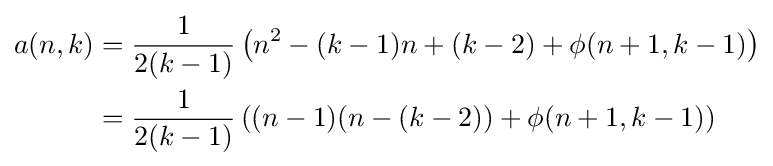
{\begin{aligned}a(n,k)&={\frac {1}{2(k-1)}}\left(n^{2}-(k-1)n+(k-2)+\phi (n+1,k-1)\right)\\&={\frac {1}{2(k-1)}}\left((n-1)(n-(k-2))+\phi (n+1,k-1)\right)\end{aligned}}